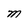
Character: M